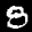
Label: 8